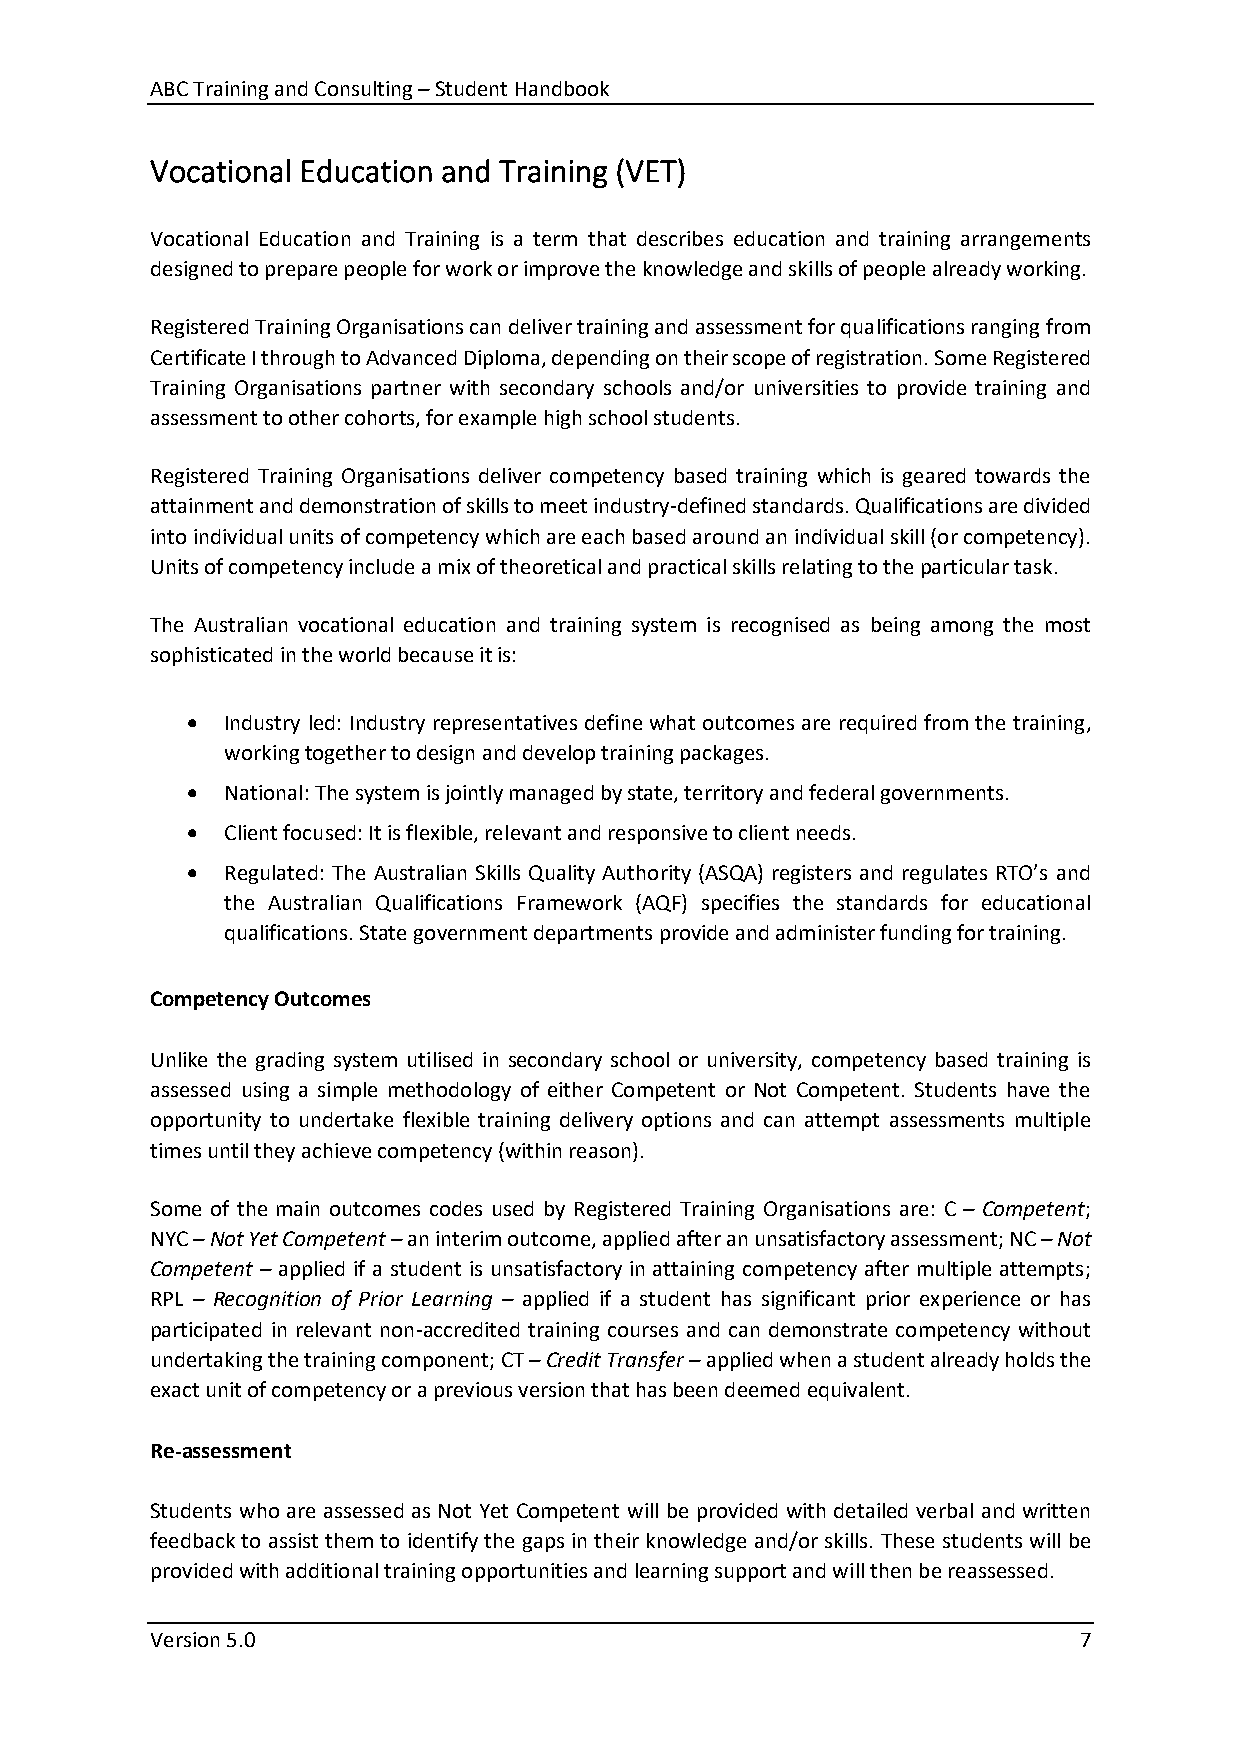
ABC Training and Consulting – Student Handbook
 Vocational Education and Training (VET)
 Vocational Education and Training is a term that describes education and training arrangements
 designed to prepare people for work or improve the knowledge and skills of people already working.
 Registered Training Organisations can deliver training and assessment for qualifications ranging from
 Certificate I through to Advanced Diploma, depending on their scope of registration. Some Registered
 Training Organisations partner with secondary schools and/or universities to provide training and
 assessment to other cohorts, for example high school students.
 Registered Training Organisations deliver competency based training which is geared towards the
 attainment and demonstration of skills to meet industry-defined standards. Qualifications are divided
 into individual units of competency which are each based around an individual skill (or competency).
 Units of competency include a mix of theoretical and practical skills relating to the particular task.
 The Australian vocational education and training system is recognised as being among the most
 sophisticated in the world because it is:
 •  Industry led: Industry representatives define what outcomes are required from the training,
 working together to design and develop training packages.
 •  National: The system is jointly managed by state, territory and federal governments.
 •  Client focused: It is flexible, relevant and responsive to client needs.
 •  Regulated: The Australian Skills Quality Authority (ASQA) registers and regulates RTO’s and
 the Australian Qualifications Framework (AQF) specifies the standards for educational
 qualifications. State government departments provide and administer funding for training.
 Competency Outcomes
 Unlike the grading system utilised in secondary school or university, competency based training is
 assessed using a simple methodology of either Competent or Not Competent. Students have the
 opportunity to undertake flexible training delivery options and can attempt assessments multiple
 times until they achieve competency (within reason).
 Some of the main outcomes codes used by Registered Training Organisations are: C – Competent;
 NYC – Not Yet Competent – an interim outcome, applied after an unsatisfactory assessment; NC – Not
 Competent – applied if a student is unsatisfactory in attaining competency after multiple attempts;
 RPL – Recognition of Prior Learning – applied if a student has significant prior experience or has
 participated in relevant non-accredited training courses and can demonstrate competency without
 undertaking the training component; CT – Credit Transfer – applied when a student already holds the
 exact unit of competency or a previous version that has been deemed equivalent.
 Re-assessment
 Students who are assessed as Not Yet Competent will be provided with detailed verbal and written
 feedback to assist them to identify the gaps in their knowledge and/or skills. These students will be
 provided with additional training opportunities and learning support and will then be reassessed.
 Version 5.0                                                  7